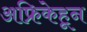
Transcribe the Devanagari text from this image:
अफ्रिकेहून